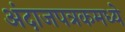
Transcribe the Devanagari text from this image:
अंदाजपत्रकमध्ये